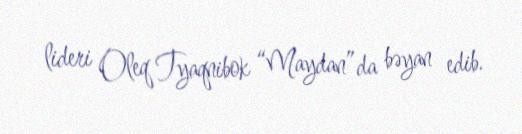
lideri Oleq Tyaqnibok “Maydan”da bəyan edib.